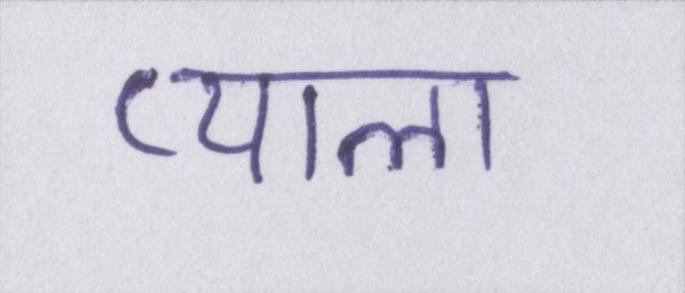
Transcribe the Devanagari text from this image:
प्याला